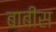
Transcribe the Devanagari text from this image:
बाबीस